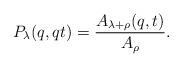
LaTeX: \begin{align*}P_\lambda(q,qt) = \frac{A_{\lambda+\rho}(q,t)}{A_\rho}.\end{align*}